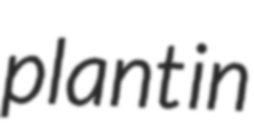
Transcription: plant in